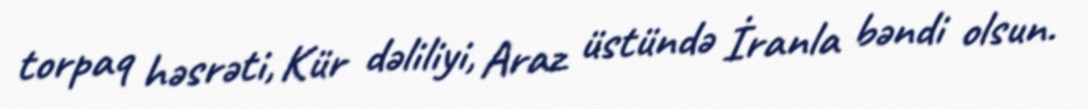
torpaq həsrəti, Kür dəliliyi, Araz üstündə İranla bəndi olsun.